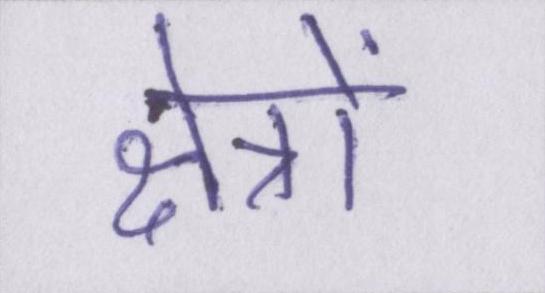
क्षेत्रों